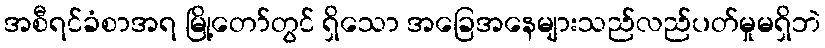
အစီရင်ခံစာအရ မြို့တော်တွင် ရှိသော အခြေအနေများသည်လည်ပတ်မှုမရှိဘဲ